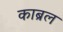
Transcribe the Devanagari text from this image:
काब्रल